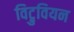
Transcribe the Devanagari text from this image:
विट्रुवियन